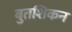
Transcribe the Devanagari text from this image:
बुतशिकन